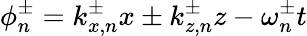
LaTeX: \phi_{n}^{\pm}=k_{x,n}^{\pm}x\pm k_{z,n}^{\pm}z-\omega_{n}^{\pm}t